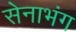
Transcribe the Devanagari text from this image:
सेनाभंग